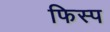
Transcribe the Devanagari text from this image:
फिस्प